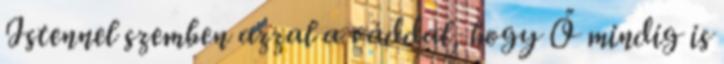
Istennel szemben azzal a váddal, hogy Ő mindig is